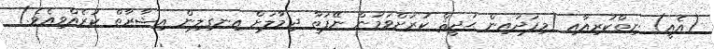
(އެއީ) ނިތްކުރިއާއި (މިފަދައިން ޙަދީޘް ކުރަށްވަމުން ނޭފަތާ ދިމާލަށް އިނގިލިން އިޝާރާތް ކުރެއްވިއެވެ.)